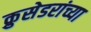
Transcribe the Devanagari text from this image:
क्रुसेडरांच्या